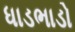
ધાડભાડો